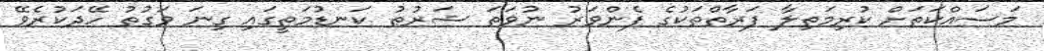
މަސައްކަތަށް ކުރިމަތިލާ ފަރާތްތަކުގެ ފެންވަރު ނުވަތަ ޝަރުޠު ކަނޑުމަތީގައި ގިނަ ވަގުތު ހޭދަކުރެވޭ